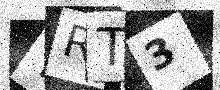
Text: YRT3